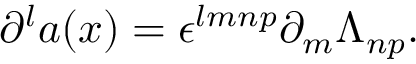
\partial ^ { l } a ( x ) = \epsilon ^ { l m n p } \partial _ { m } \Lambda _ { n p } .